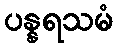
ပန္နရသမံ